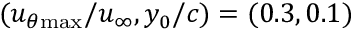
( u _ { \theta \mathrm { { m a x } } } / u _ { \infty } , y _ { 0 } / c ) = ( 0 . 3 , 0 . 1 )